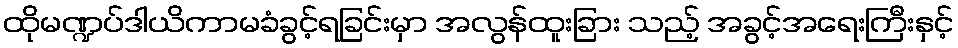
ထိုမဏ္ဍပ်ဒါယိကာမခံခွင့်ရခြင်းမှာ အလွန်ထူးခြား သည့် အခွင့်အရေးကြီးနှင့်